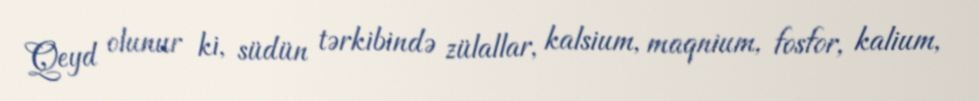
Qeyd olunur ki, südün tərkibində zülallar, kalsium, maqnium, fosfor, kalium,